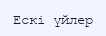
Ескі үйлер